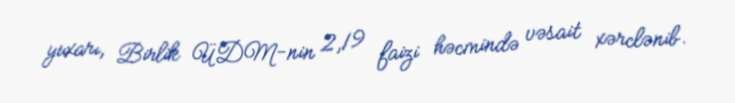
yuxarı, Birlik ÜDM-nin 2,19 faizi həcmində vəsait xərclənib.